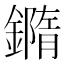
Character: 𨬍